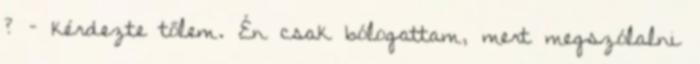
? – kérdezte tőlem. Én csak bólogattam, mert megszólalni